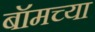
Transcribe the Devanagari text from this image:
बॉमच्या